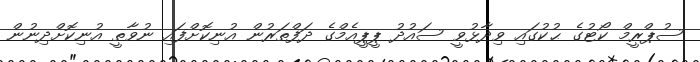
ސުޕްރީމް ކޯޓުގެ ޙުކުގައި ވިދާޅުވީ ސައުދު ޕީޕީއެމްގެ ދަފްތަރުން އުނިކޮށްފައި ނުވާތީ އުނިކޮށްދިނުން